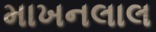
માખનલાલ